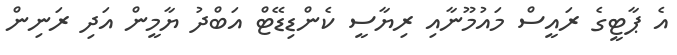
އެ ޕާޓީގެ ރައީސް މައުމޫނާއި ރިޔާސީ ކެންޑިޑޭޓް އަބްދު ޔާމީން އަދި ރަނިން